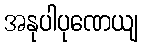
အနုပါပုဏေယျ